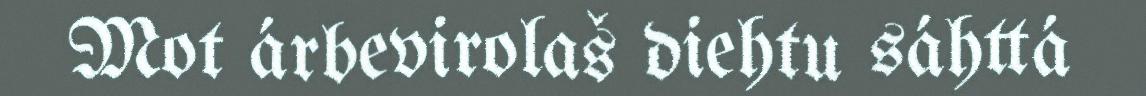
Mot árbevirolaš diehtu sáhttá